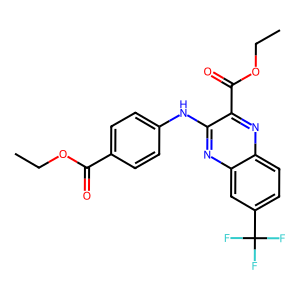
SMILES: CCOC(=O)c1ccc(Nc2nc3cc(C(F)(F)F)ccc3nc2C(=O)OCC)cc1
Inhibits HIV replication: No